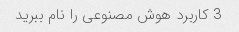
3 کاربرد هوش مصنوعی را نام ببرید